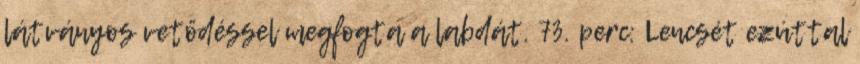
látványos vetődéssel megfogta a labdát. 73. perc: Lencsét ezúttal